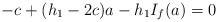
LaTeX: \begin{align*}-c+(h_1-2c)a-h_1 I_f(a)=0\end{align*}